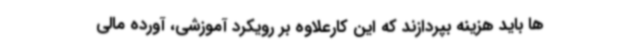
ها باید هزینه بپردازند که این کارعلاوه بر رویکرد آموزشی، آورده مالی